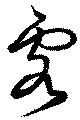
客